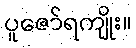
ပူဇော်ရကျိုး။